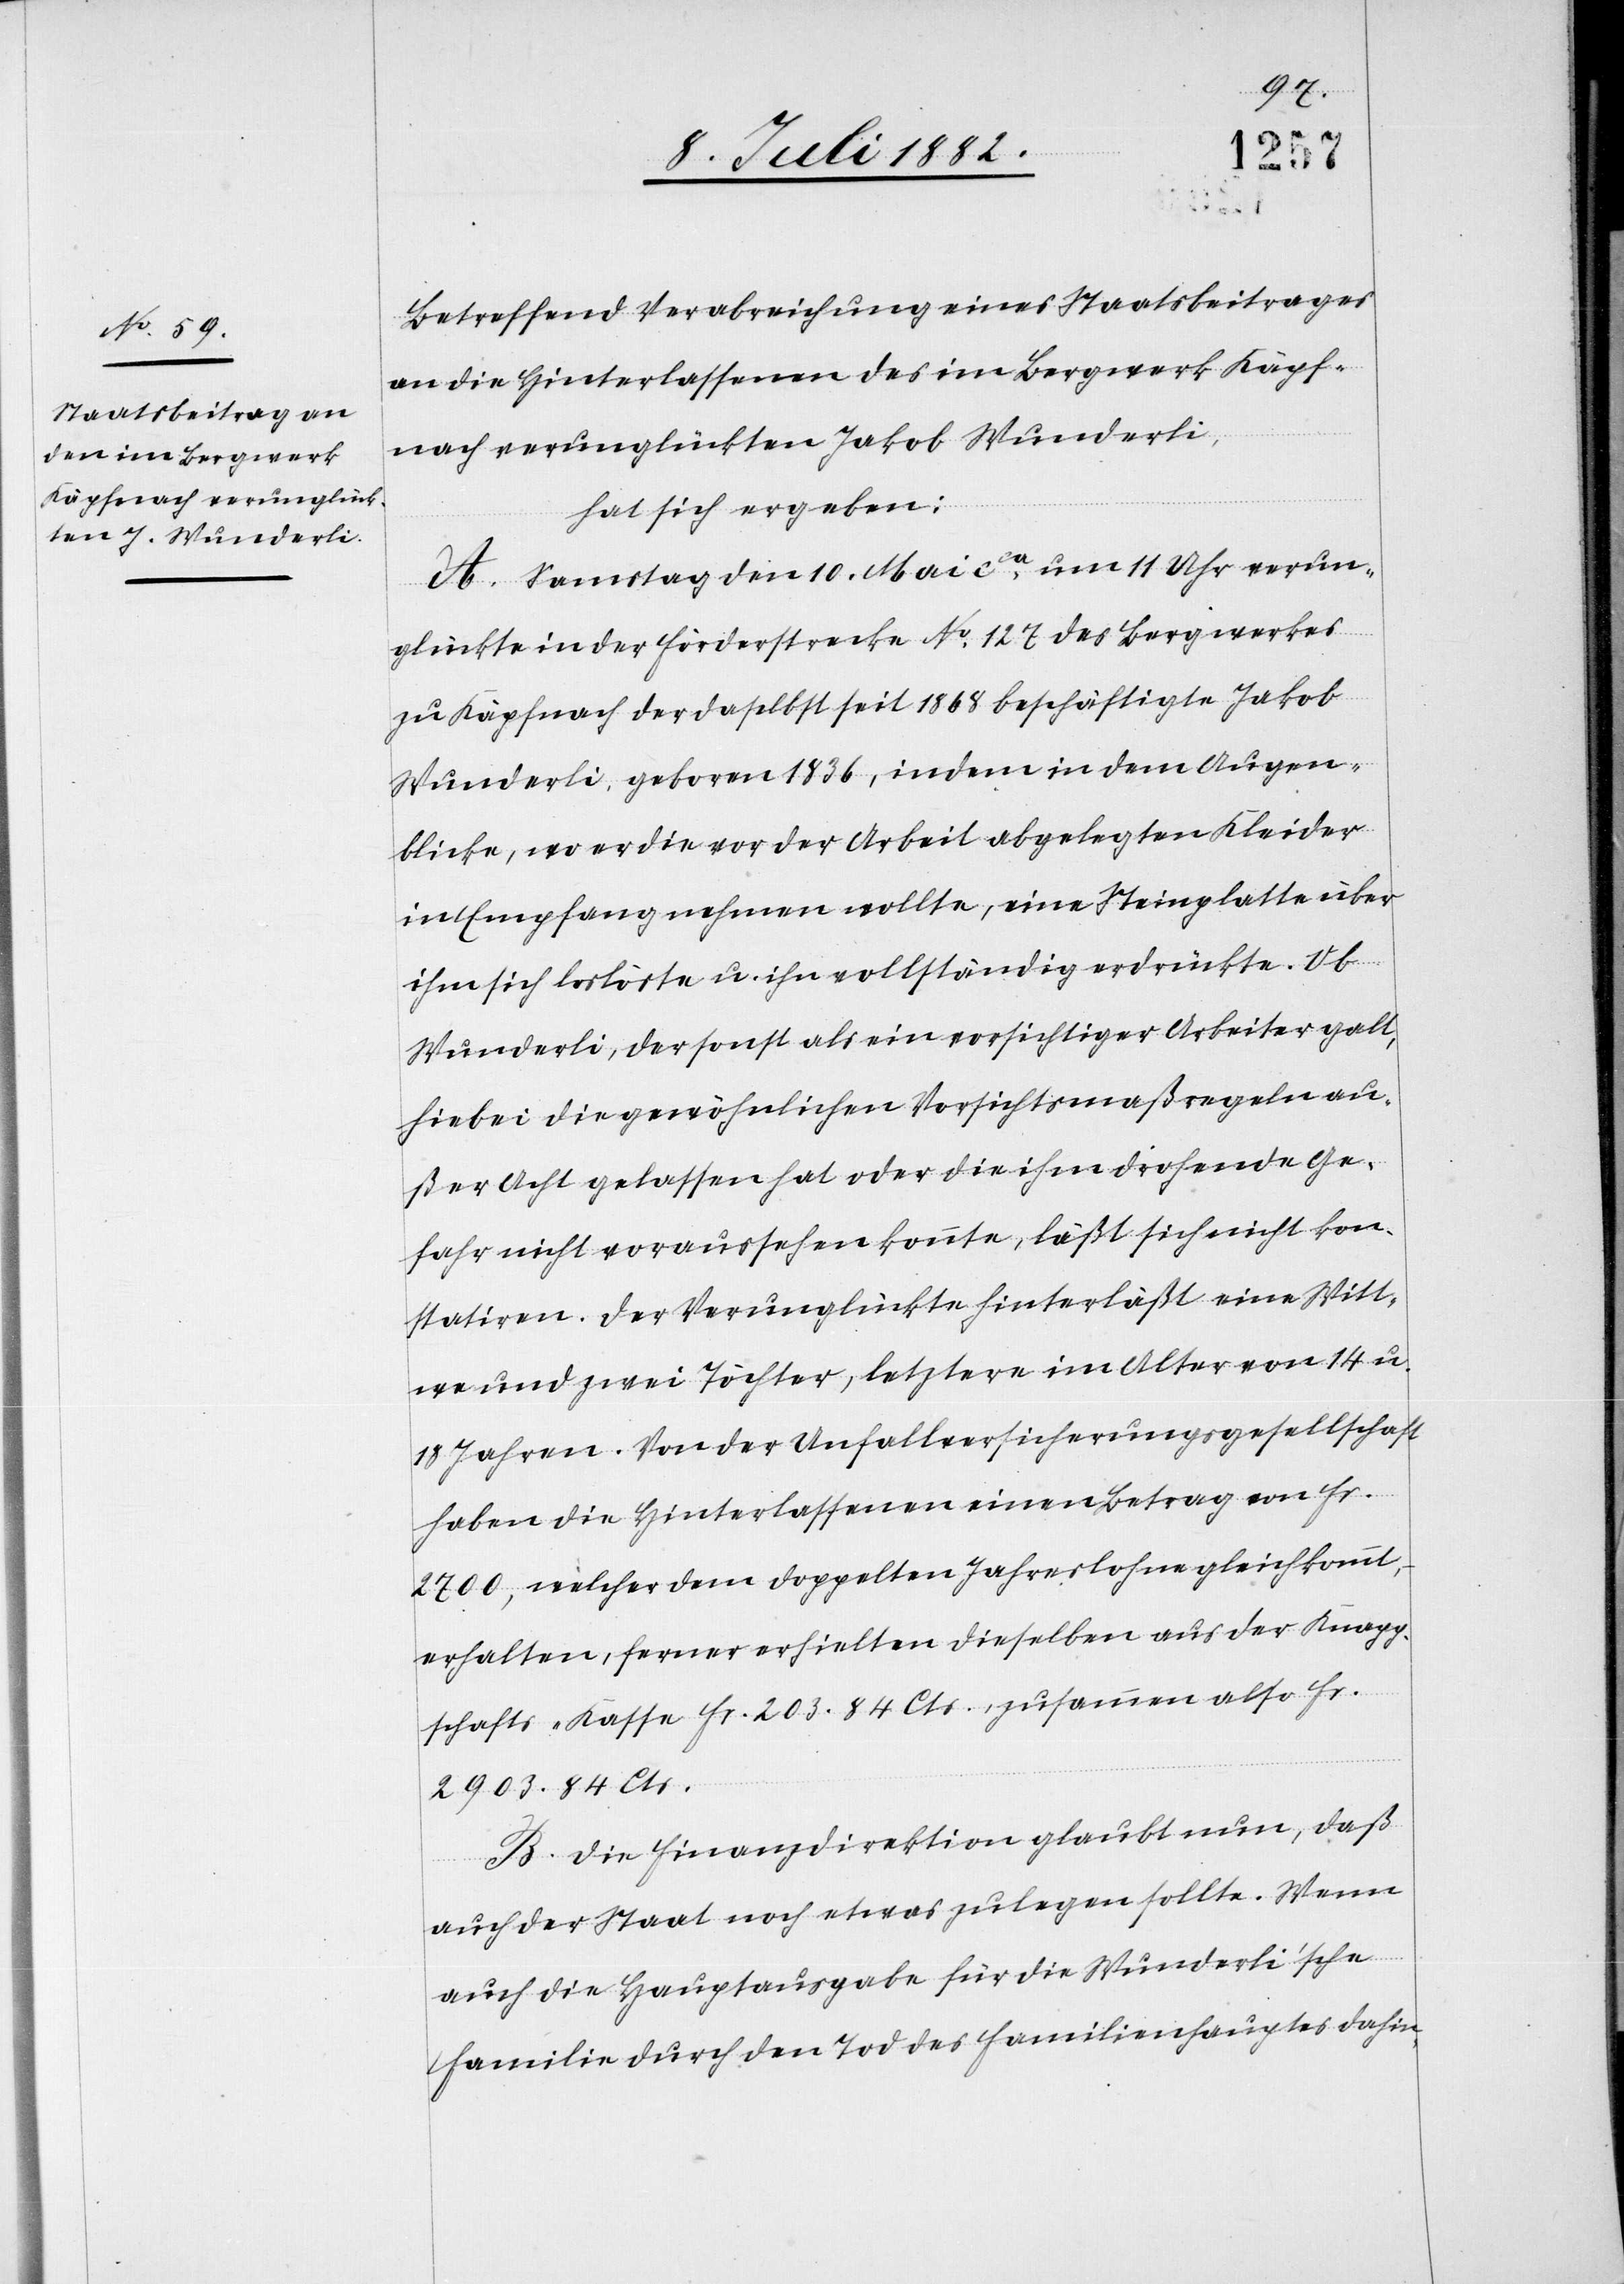
Betreffend Verabreichung eines Staatsbeitrages
an die Hinterlassenen des im Bergwerk Käpf¬
nach verunglückten Jakob Wunderli,
hat sich ergeben:
A. Samstag den 10. Mai ca um 11 Uhr verun¬
glückte in der Förderstrecke No 127 des Bergwerkes
zu Käpfnach der daselbst seit 1868 beschäftigte Jakob
Wunderli, geboren 1836, indem in dem Augen¬
blicke, wo er die vor der Arbeit abgelegten Kleider
in Empfang nehmen wollte, eine Steinplatte über
ihm sich loslöste u. ihn vollständig erdrückte. Ob
Wunderli, der sonst als ein vorsichtiger Arbeiter galt,
hiebei die gewöhnlichen Vorsichtsmaßregeln au¬
ßer Acht gelassen hat oder die ihm drohende Ge¬
fahr nicht voraussehen konnte, läßt sich nicht kon¬
statiren. Der Verunglückte hinterläßt eine Witt¬
we und zwei Töchter, letztere im Alter von 14 u.
18 Jahren. Von der Unfallversicherungsgesellschaft
haben die Hinterlassenen einen Betrag von Fr.
2700, welcher dem doppelten Jahreslohn gleichkommt,
erhalten, ferner erhielten dieselben aus der Knapp¬
schafts-Kasse Fr. 203. 84 Cts., zusammen also Fr.
2903. 84 Cts.
B. Die Finanzdirektion glaubt nun, daß
auch der Staat noch etwas zulegen sollte. Wenn
auch die Hauptausgabe für die Wunderli’sche
Familie durch den Tod des Familienhauptes dahin-